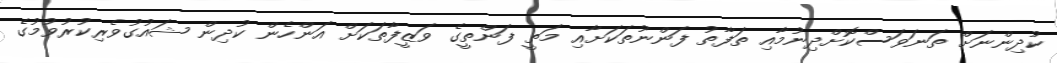
ކުދިންނަށް ތަނަވަސްކޮށްދިނުމާއި ތަފާތު ފަންނުތަކަށާއި މަތީ ފަންތީގެ ވަޒީފާތަކަށް އަންހެން ކުދިން ޝައުގުވެރިކުރުވުމުގެ